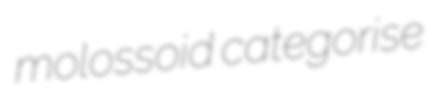
molossoid categorise